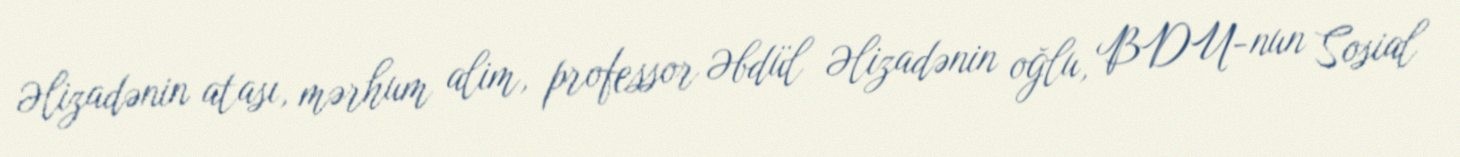
Əlizadənin atası, mərhum alim, professor Əbdül Əlizadənin oğlu, BDU-nun Sosial